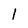
Character: 1